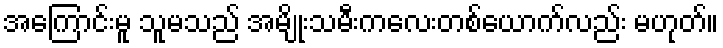
အကြောင်းမူ သူမသည် အမျိုးသမီးကလေးတစ်ယောက်လည်း မဟုတ်။